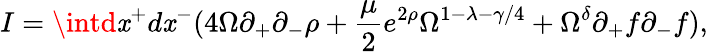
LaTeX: I=\intd\mathit{x}^{+}d\mathit{x}^{-}(4\Omega\partial_{+}\partial_{-}\rho+\frac{{\mu}}{{2}}e^{2\rho}\Omega^{1-\lambda-\gamma/4}+\Omega^{\delta}\partial_{+}f\partial_{-}f),